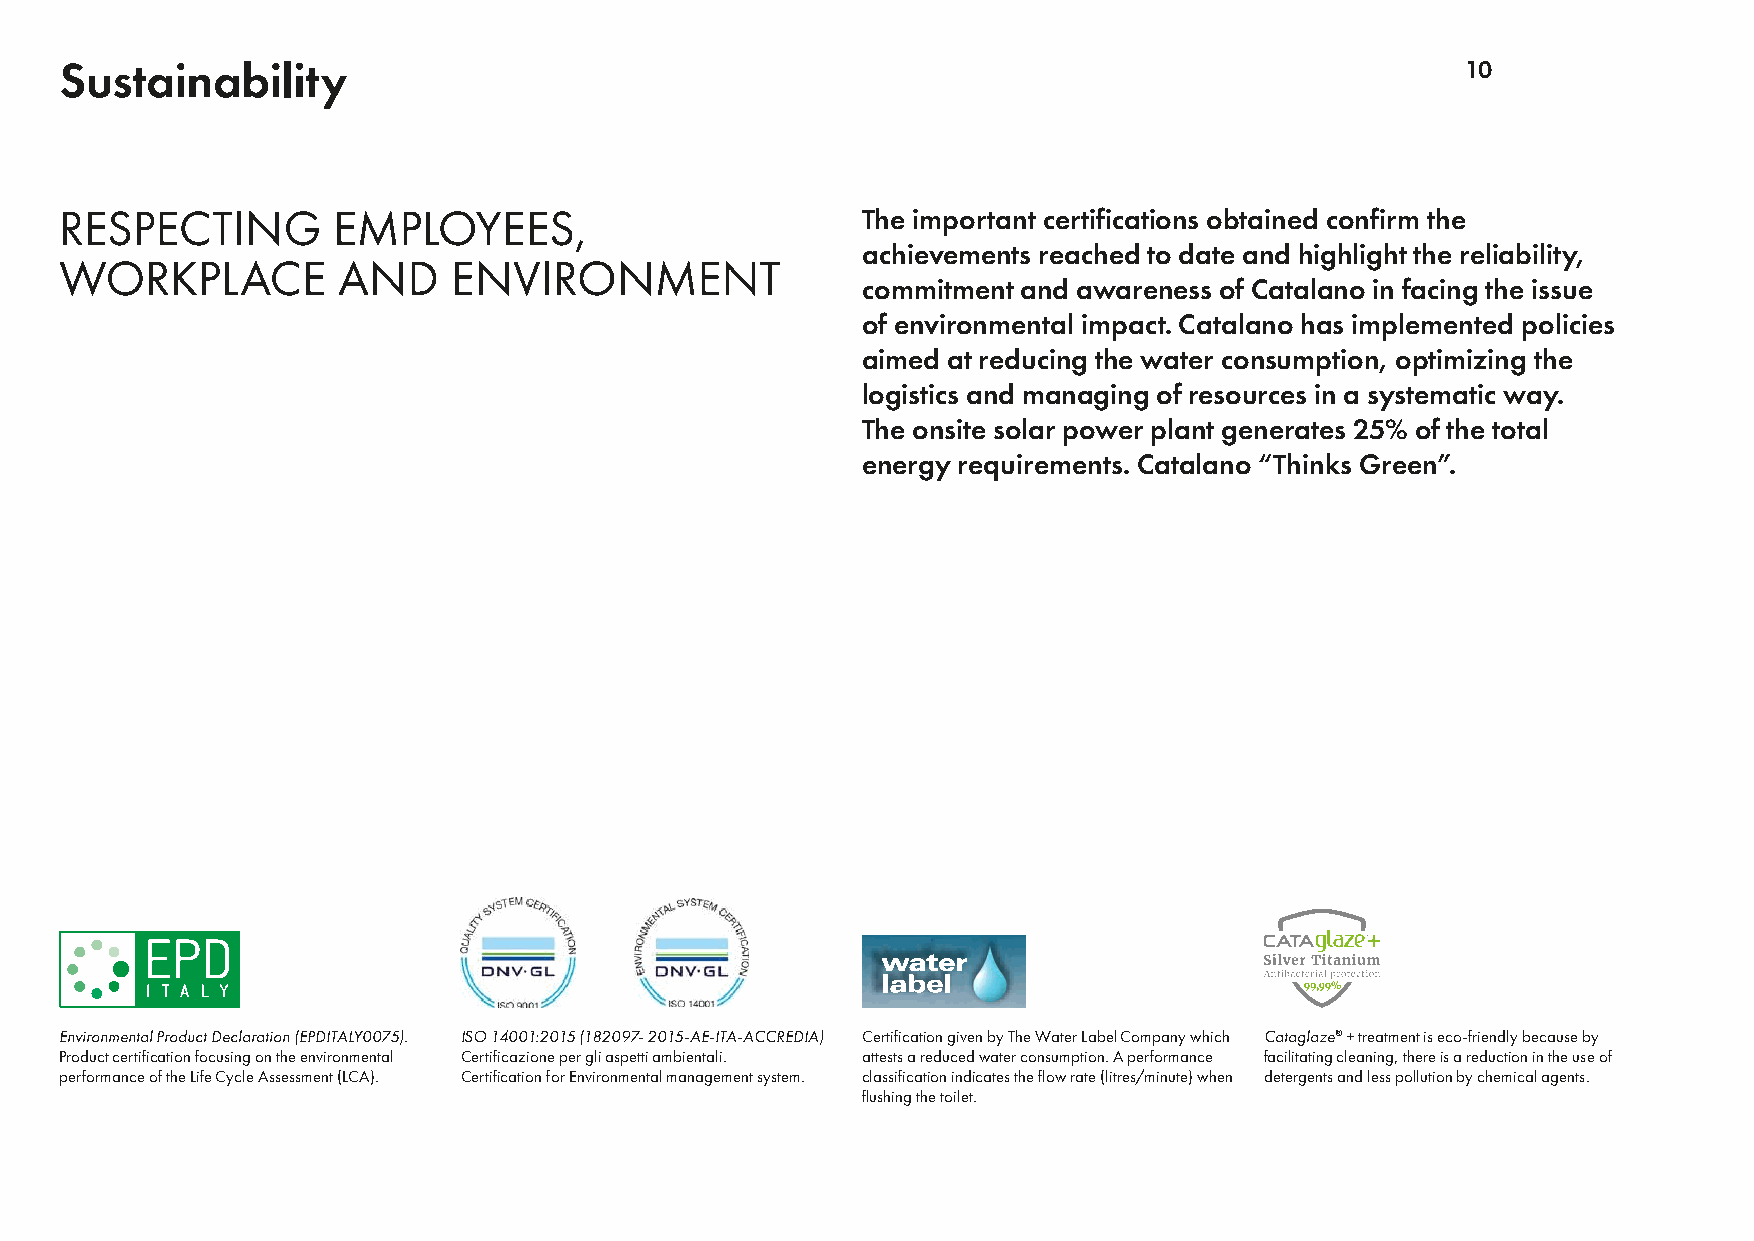
Sustainability                                                                               10
 RESPECTING        EMPLOYEES,                         The important certifications obtained confirm the
 achievements reached to date and highlight the reliability,
 WORKPLACE         AND     ENVIRONMENT
 commitment and awareness of Catalano in facing the issue
 of environmental impact. Catalano has implemented policies
 aimed at reducing the water consumption, optimizing the
 logistics and managing of resources in a systematic way.
 The onsite solar power plant generates 25% of the total
 energy requirements. Catalano “Thinks Green”.
 Environmental Product Declaration (EPDITALY0075). ISO 14001:2015 (182097- 2015-AE-ITA-ACCREDIA) Certification given by The Water Label Company which Cataglaze® + treatment is eco-friendly because by
 Product certification focusing on the environmental Certificazione per gli aspetti ambientali. attests a reduced water consumption. A performance facilitating cleaning, there is a reduction in the use of
 performance of the Life Cycle Assessment (LCA). Certification for Environmental management system. classification indicates the flow rate (litres/minute) when detergents and less pollution by chemical agents.
 flushing the toilet.